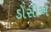
ડોસીએ